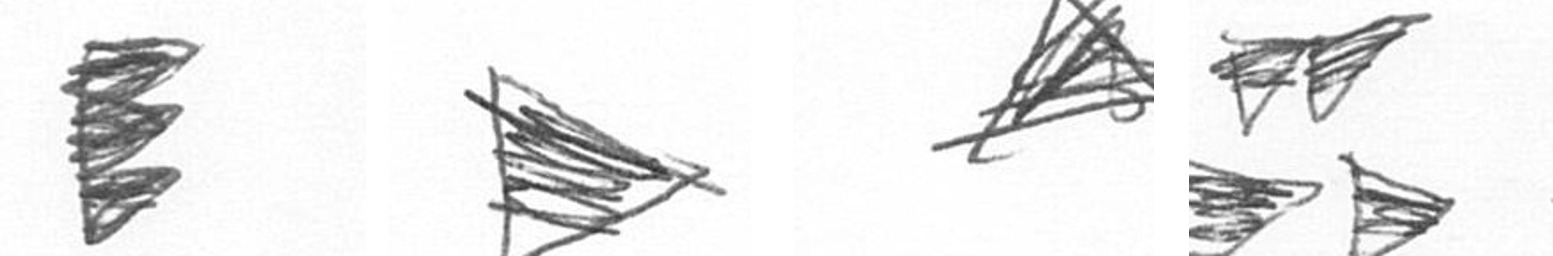
H T O B